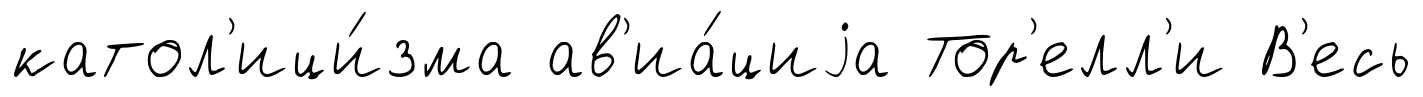
катол'ици́зма ав'иа́циjа Тор'елл'и В'есь